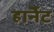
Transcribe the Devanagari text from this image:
हाॅर्नेट